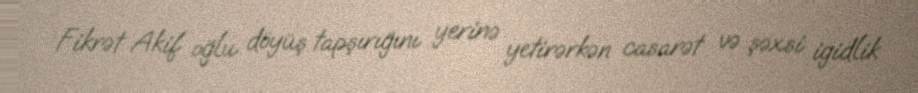
Fikrət Akif oğlu döyüş tapşırığını yerinə yetirərkən casarət və şəxsi igidlik